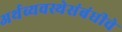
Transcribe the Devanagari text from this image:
अर्थव्यवस्थेसंबंधीचे